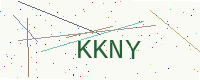
Text: KKNY